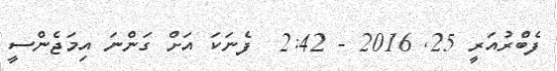
ފެބްރުއަރީ 25